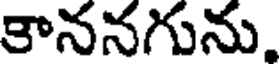
కాననగును,